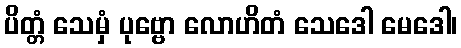
ပိတ္တံ သေမှံ ပုဗ္ဗော လောဟိတံ သေဒေါ မေဒေါ၊